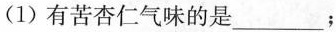
(1)有苦杏仁气味的是___；